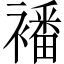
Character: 襎